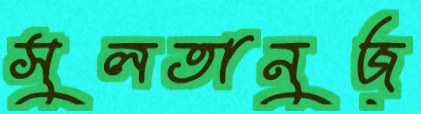
সুলতানুজ্